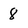
Character: 8